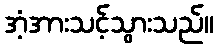
အံ့အားသင့်သွားသည်။